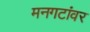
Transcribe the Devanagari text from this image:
मनगटांवर